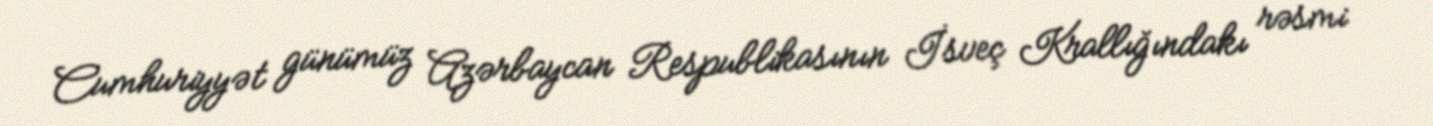
Cumhuriyyət günümüz Azərbaycan Respublikasının İsveç Krallığındakı rəsmi